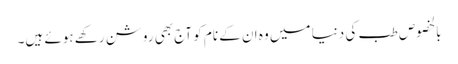
بالخصوص طب کی دنیا میں وہ ان کے نام کو آج بھی روشن رکھے ہوئے ہیں۔